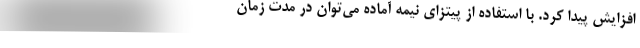
افزایش پیدا کرد. با استفاده از پیتزای نیمه آماده می‌توان در مدت زمان